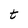
Character: t